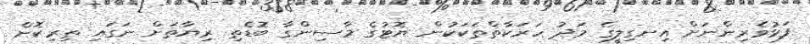
ފަޅުވެރިންނަށް އިނގިލީގެ މަދު ހަރަކާތްތަކަކުން ޔޮޓުގެ މާސިންގާ ބޮޑެތި ރިޔާތަށް ނަގައި ތިރިކޮށް